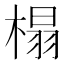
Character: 榻